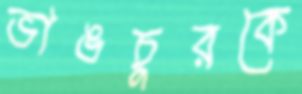
ভাঙচুরকে